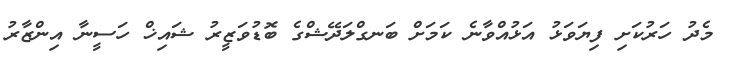
މެދު ހަރުކަށި ފިޔަވަޅު އަޅުއްވާނެ ކަމަށް ބަނގްލަދޭޝްގެ ބޮޑުވަޒީރު ޝައިޚް ހަސީނާ އިންޒާރު